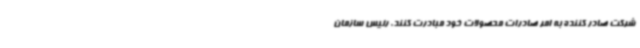
شرکت صادر کننده به امر صادرات محصولات خود مبادرت کنند. رئیس سازمان